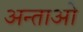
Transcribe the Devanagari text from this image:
अन्ताओ